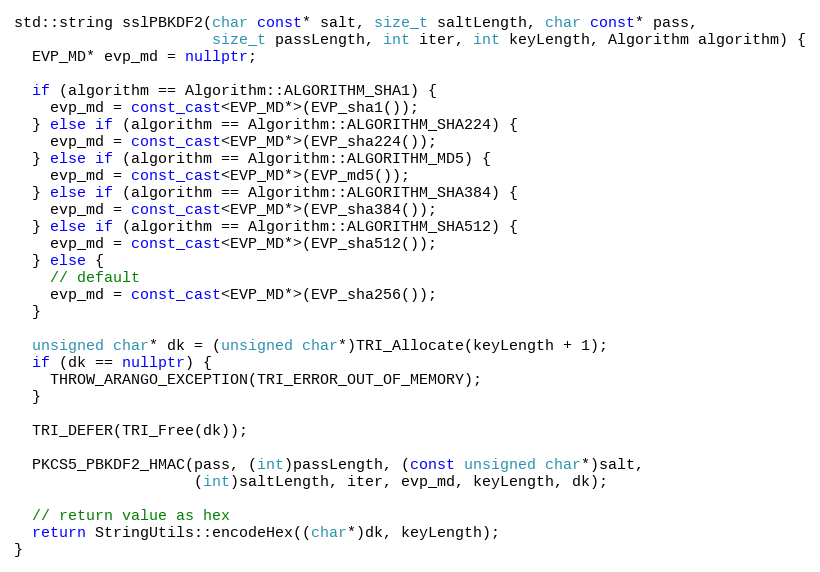
Language: C++
std::string sslPBKDF2(char const* salt, size_t saltLength, char const* pass,
                      size_t passLength, int iter, int keyLength, Algorithm algorithm) {
  EVP_MD* evp_md = nullptr;

  if (algorithm == Algorithm::ALGORITHM_SHA1) {
    evp_md = const_cast<EVP_MD*>(EVP_sha1());
  } else if (algorithm == Algorithm::ALGORITHM_SHA224) {
    evp_md = const_cast<EVP_MD*>(EVP_sha224());
  } else if (algorithm == Algorithm::ALGORITHM_MD5) {
    evp_md = const_cast<EVP_MD*>(EVP_md5());
  } else if (algorithm == Algorithm::ALGORITHM_SHA384) {
    evp_md = const_cast<EVP_MD*>(EVP_sha384());
  } else if (algorithm == Algorithm::ALGORITHM_SHA512) {
    evp_md = const_cast<EVP_MD*>(EVP_sha512());
  } else {
    // default
    evp_md = const_cast<EVP_MD*>(EVP_sha256());
  }

  unsigned char* dk = (unsigned char*)TRI_Allocate(keyLength + 1);
  if (dk == nullptr) {
    THROW_ARANGO_EXCEPTION(TRI_ERROR_OUT_OF_MEMORY);
  }

  TRI_DEFER(TRI_Free(dk));

  PKCS5_PBKDF2_HMAC(pass, (int)passLength, (const unsigned char*)salt,
                    (int)saltLength, iter, evp_md, keyLength, dk);

  // return value as hex
  return StringUtils::encodeHex((char*)dk, keyLength);
}